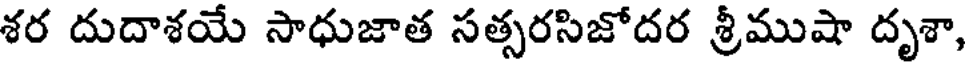
శర దుదాశయే సాధుజాత సత్సరసిజోదర శ్రీముషా దృశా,